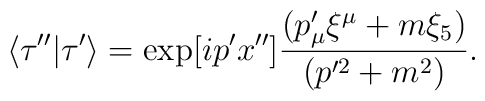
\langle \tau''|\tau'\rangle=\exp[ip'x'']{(p'_\mu\xi^\mu + m\xi_5)\over(p'^2+m^2 ) }.